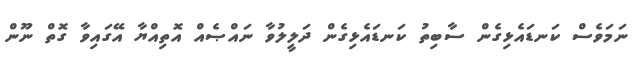
ނަމަވެސް ކަނޑައެޅިގެން ސާބިތު ކަނޑައެޅިގެން ދަލީލުވާ ނައްޞެއް އޮތިއްޔާ އޭގައިވާ ގޮތް ނޫން